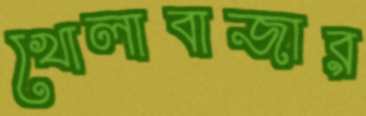
খোলাবাজার